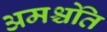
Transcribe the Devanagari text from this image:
अमश्चेति